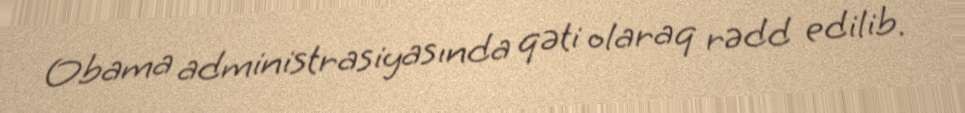
Obama administrasiyasında qəti olaraq rədd edilib.